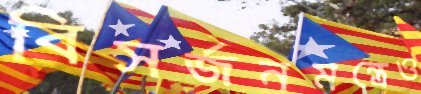
বিসর্জনমন্ত্রেও